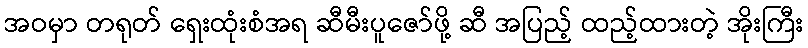
အဝမှာ တရုတ် ရှေးထုံးစံအရ ဆီမီးပူဇော်ဖို့ ဆီ အပြည့် ထည့်ထားတဲ့ အိုးကြီး